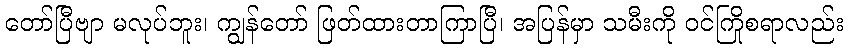
တော်ပြီဗျာ မလုပ်ဘူး၊ ကျွန်တော် ဖြတ်ထားတာကြာပြီ၊ အပြန်မှာ သမီးကို ဝင်ကြိုစရာလည်း